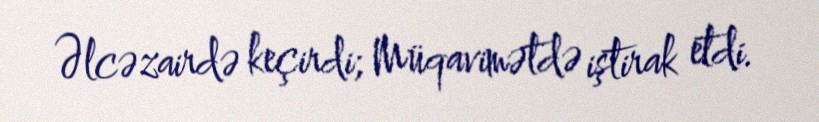
Əlcəzairdə keçirdi; Müqavimətdə iştirak etdi.